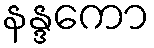
နန္ဒကော